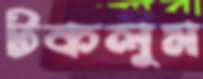
টকলুম